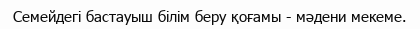
Семейдегі бастауыш білім беру қоғамы - мәдени мекеме.